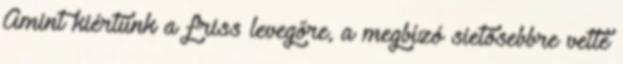
Amint kiértünk a friss levegőre, a megbízó sietősebbre vette